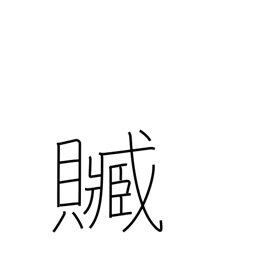
Meaning: bribery